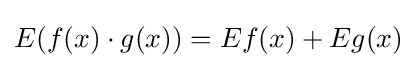
E(f(x)\cdot g(x))=Ef(x)+Eg(x)